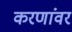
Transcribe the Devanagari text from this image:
करणांवर